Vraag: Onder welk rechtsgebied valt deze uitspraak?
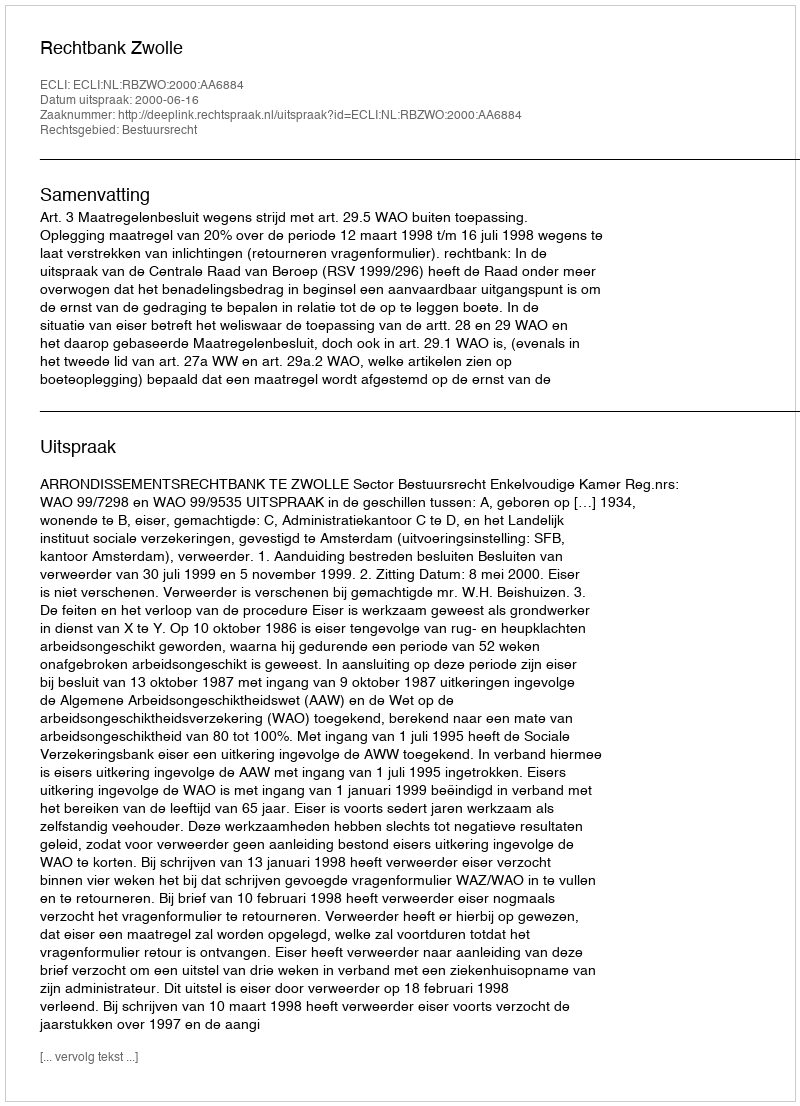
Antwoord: Bestuursrecht